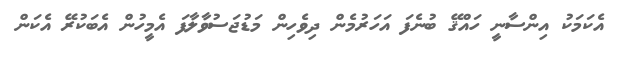
އެކަމަކު އިންސާނީ ހައްޤޭ ބުނެފަ އަހަރުމެން ދިވެހިން މަޑުޖަސުވާލާފަ އެމީހުން އެބަކުރޭ އެކަން